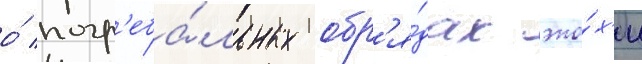
о́ погр'еба́льных обр'я́дах эпо́х'и